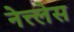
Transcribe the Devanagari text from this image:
नेत्त्लेस